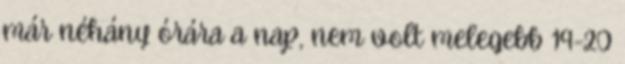
már néhány órára a nap, nem volt melegebb 19-20